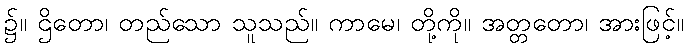
၌။ ဌိတော၊ တည်သော သူသည်။ ကာမေ၊ တို့ကို။ အတ္တတော၊ အားဖြင့်။